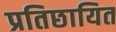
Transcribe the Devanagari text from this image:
प्रतिछायित